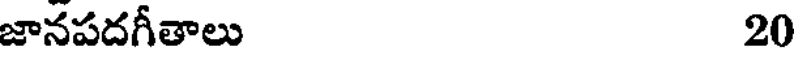
జానపదగీతాలు 20